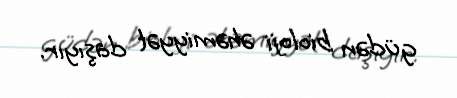
güdən bioloji əhəmiyyət daşıyır.